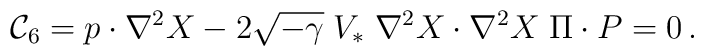
{\cal C}_6 = p \cdot \nabla^2 X - 2 \sqrt{-\gamma}\; V_* \; \nabla^2 X \cdot \nabla^2 X \; \Pi \cdot P = 0\,.